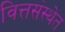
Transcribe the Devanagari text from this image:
वित्तसंस्थेत